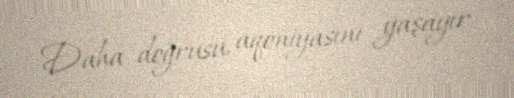
Daha doğrusu, aqoniyasını yaşayır.